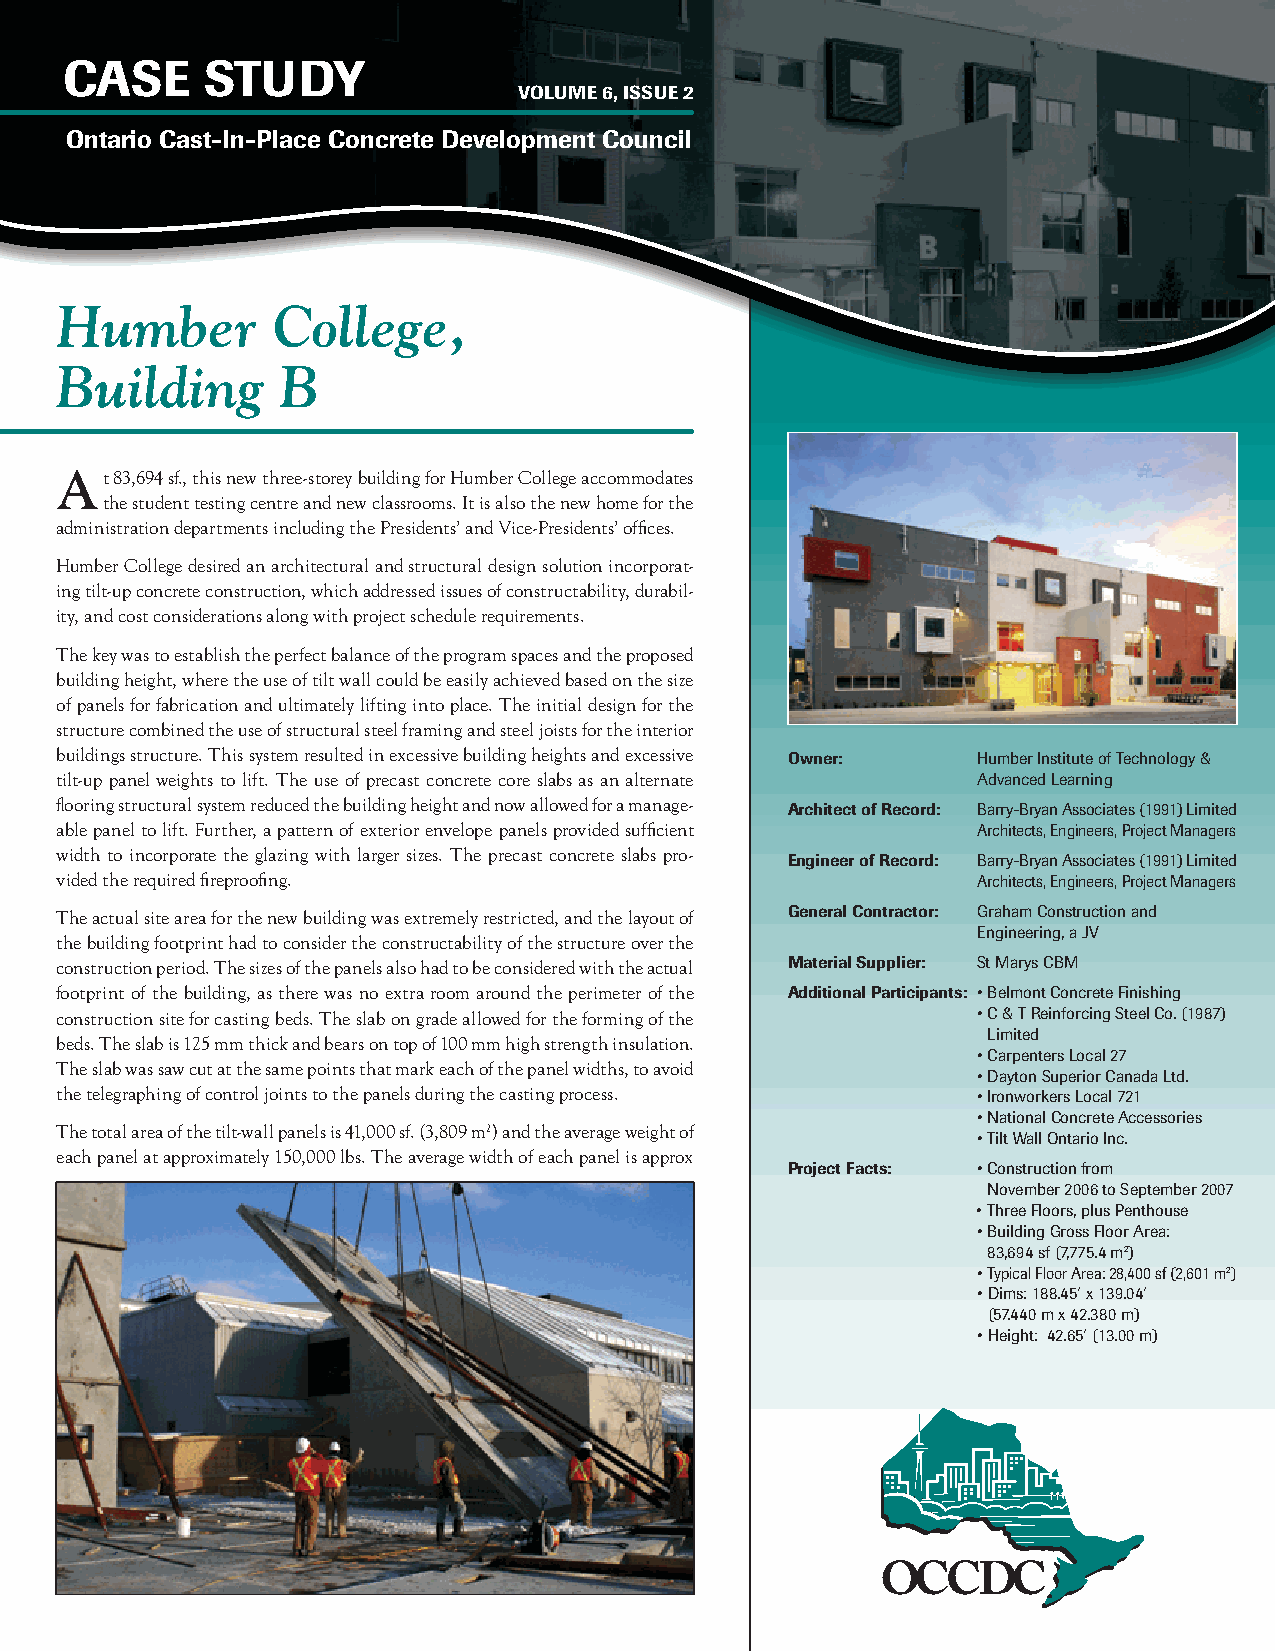
CASE     StuDy
 VOluME 6, ISSuE 2
 Ontario Cast-In-Place Concrete Development Council
 Humber        College,
 Building       B
 At  83,694 sf., this new three-storey building for Humber College accommodates
 the student testing centre and new classrooms. It is also the new home for the
 administration departments including the Presidents’ and Vice-Presidents’ offices.
 Humber College desired an architectural and structural design solution incorporat-
 ing tilt-up concrete construction, which addressed issues of constructability, durabil-
 ity, and cost considerations along with project schedule requirements.
 The key was to establish the perfect balance of the program spaces and the proposed
 building height, where the use of tilt wall could be easily achieved based on the size
 of panels for fabrication and ultimately lifting into place. The initial design for the
 structure combined the use of structural steel framing and steel joists for the interior
 buildings structure. This system resulted in excessive building heights and excessive Owner: Humber Institute of Technology &
 tilt-up panel weights to lift. The use of precast concrete core slabs as an alternate Advanced Learning
 flooring structural system reduced the building height and now allowed for a manage- Architect of Record: Barry-Bryan Associates (1991) Limited
 able panel to lift. Further, a pattern of exterior envelope panels provided sufficient Architects, Engineers, Project Managers
 width to incorporate the glazing with larger sizes. The precast concrete slabs pro-
 Engineer of Record: Barry-Bryan Associates (1991) Limited
 vided the required fireproofing.                             Architects, Engineers, Project Managers
 The actual site area for the new building was extremely restricted, and the layout of General Contractor: Graham Construction and
 Engineering, a JV
 the building footprint had to consider the constructability of the structure over the
 construction period. The sizes of the panels also had to be considered with the actual Material Supplier: St Marys CBM
 footprint of the building, as there was no extra room around the perimeter of the Additional Participants: • Belmont Concrete Finishing
 construction site for casting beds. The slab on grade allowed for the forming of the • C & T Reinforcing Steel Co. (1987)
 Limited
 beds. The slab is 125 mm thick and bears on top of 100 mm high strength insulation.
 • Carpenters Local 27
 The slab was saw cut at the same points that mark each of the panel widths, to avoid
 • Dayton Superior Canada Ltd.
 the telegraphing of control joints to the panels during the casting process. • Ironworkers Local 721
 • National Concrete Accessories
 The total area of the tilt-wall panels is 41,000 sf. (3,809 m2) and the average weight of
 • Tilt Wall Ontario Inc.
 each panel at approximately 150,000 lbs. The average width of each panel is approx
 Project Facts: • Construction from
 November 2006 to September 2007
 • Three Floors, plus Penthouse
 • Building Gross Floor Area:
 83,694 sf (7,775.4 m2)
 • Typical Floor Area: 28,400 sf (2,601 m2)
 • Dims: 188.45ʹ x 139.04ʹ
 (57.440 m x 42.380 m)
 • Height: 42.65ʹ (13.00 m)